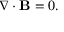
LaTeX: \nabla \cdot \mathbf { B } = 0 .